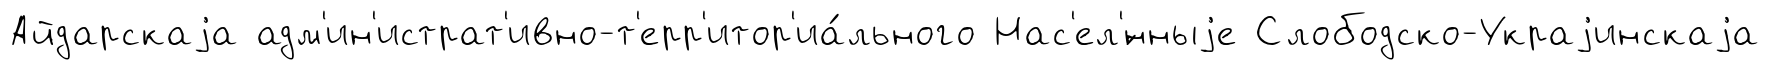
Айдарскаjа адм'ин'истрат'ивно-т'ерр'итор'иа́льного Нас'ел'́нныjе Слободско-Украjинскаjа